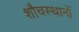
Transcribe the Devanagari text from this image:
शौचस्थानों